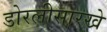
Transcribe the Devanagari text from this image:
डोरलीसारखे